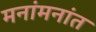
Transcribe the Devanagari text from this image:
मनांमनांत